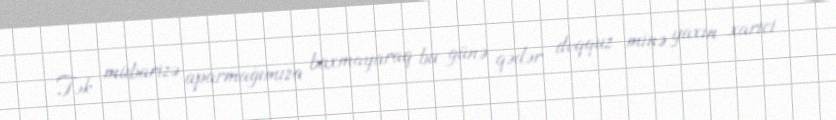
Tək mübarizə aparmağımıza baxmayaraq bu günə qədər doqquz minə yaxın xarici